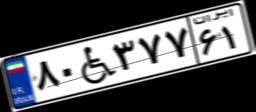
۹۲W۹۰۱۰۶